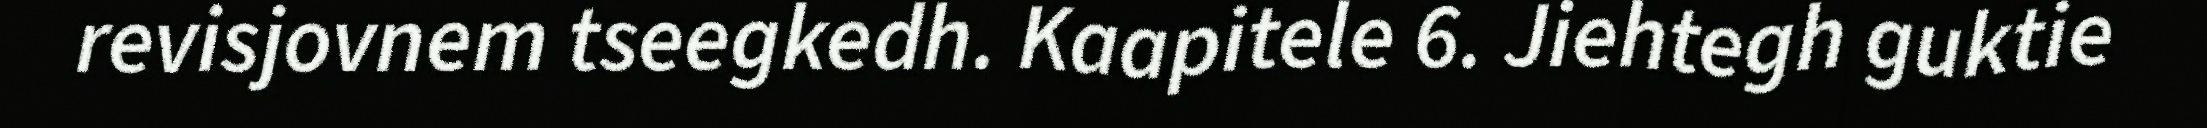
revisjovnem tseegkedh. Kaapitele 6. Jiehtegh guktie